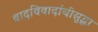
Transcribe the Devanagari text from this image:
वादविवादांचीसुद्धा